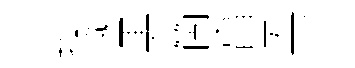
操泳黒箇亯㒷